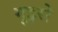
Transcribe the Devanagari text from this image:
गुइरो